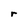
Character: r